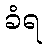
ခံရ